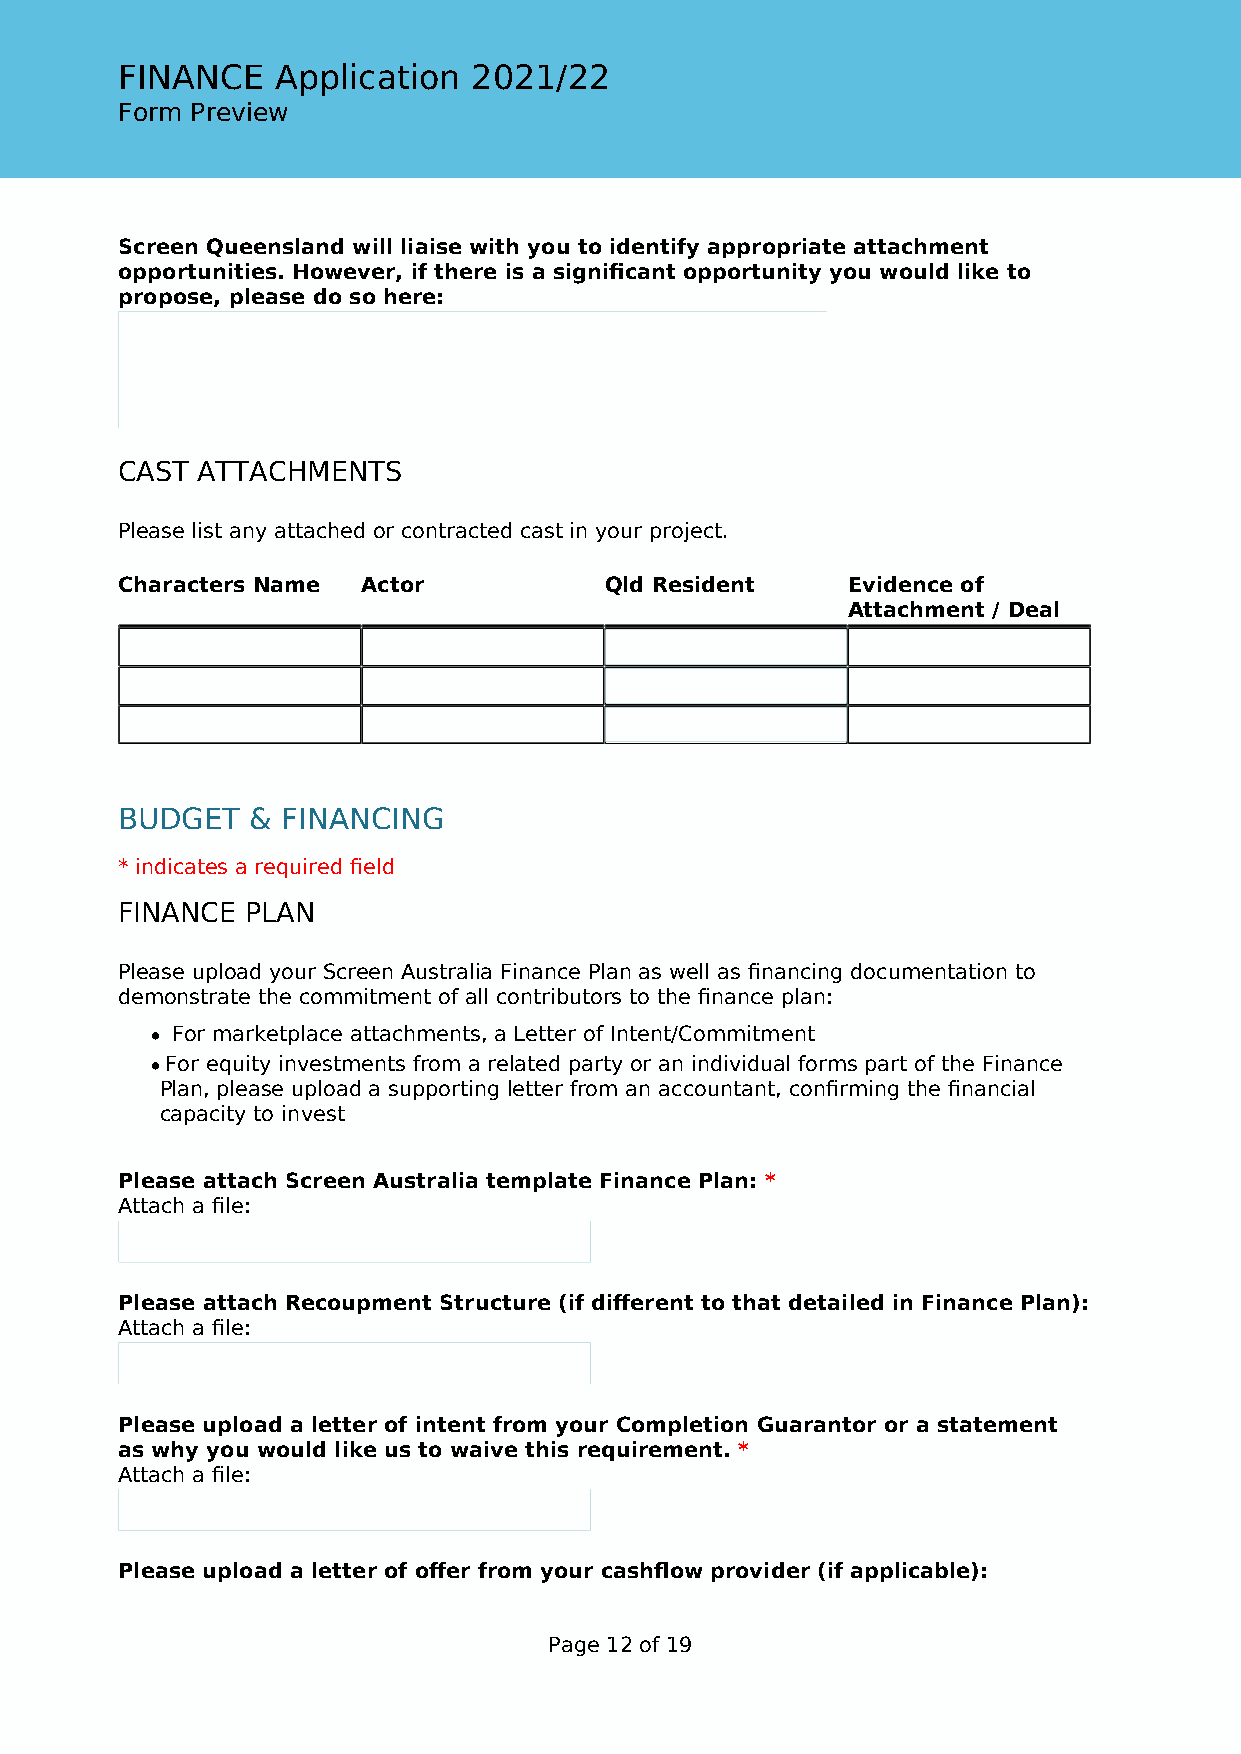
FINANCE   Application  2021/22
 Form Preview
 Screen Queensland will liaise with you to identify appropriate attachment
 opportunities. However, if there is a significant opportunity you would like to
 propose, please do so here:
 CAST ATTACHMENTS
 Please list any attached or contracted cast in your project.
 Characters Name Actor           Qld Resident    Evidence of
 Attachment / Deal
 BUDGET   & FINANCING
 * indicates a required field
 FINANCE PLAN
 Please upload your Screen Australia Finance Plan as well as financing documentation to
 demonstrate the commitment of all contributors to the finance plan:
 • For marketplace attachments, a Letter of Intent/Commitment
 • For equity investments from a related party or an individual forms part of the Finance
 Plan, please upload a supporting letter from an accountant, confirming the financial
 capacity to invest
 Please attach Screen Australia template Finance Plan: *
 Attach a file:
 Please attach Recoupment Structure (if different to that detailed in Finance Plan):
 Attach a file:
 Please upload a letter of intent from your Completion Guarantor or a statement
 as why you would like us to waive this requirement. *
 Attach a file:
 Please upload a letter of offer from your cashflow provider (if applicable):
 Page 12 of 19